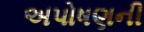
અપોષણની